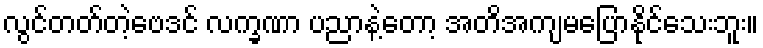
လွင်တတ်တဲ့ဗေဒင် လက္ခဏာ ပညာနဲ့တော့ အတိအကျမပြောနိုင်သေးဘူး။